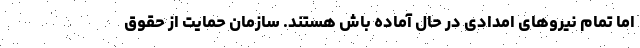
اما تمام نیروهای امدادی در حال آماده باش هستند. سازمان حمایت از حقوق